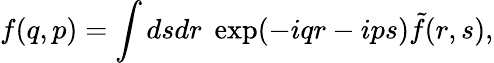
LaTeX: f(q,p)=\int dsdr\; \exp(-iqr-ips)\tilde{f}(r,s),